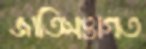
জাতিসত্তাগত